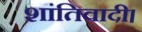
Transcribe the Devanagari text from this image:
शांतिवादी।